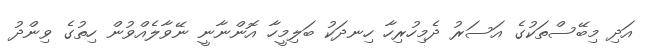
އަދި މިބޭސްތަކުގެ އަސަރު ދެމިހުރިހާ ހިނދަކު ބަލިމީހާ އޮންނާނީ ނޭވާލެއްވުން ހިތުގެ ވިންދު